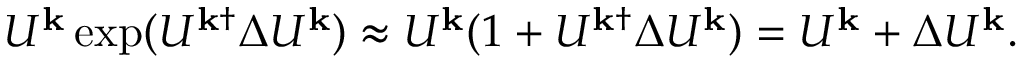
U ^ { \mathbf { k } } \exp ( U ^ { \mathbf { k } \dagger } \Delta U ^ { \mathbf { k } } ) \approx U ^ { \mathbf { k } } ( 1 + U ^ { \mathbf { k } \dagger } \Delta U ^ { \mathbf { k } } ) = U ^ { \mathbf { k } } + \Delta U ^ { \mathbf { k } } .